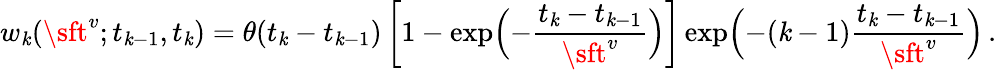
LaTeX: w_{\mathit{k}}({\sft^{v}};t_{\mathit{k}-1},t_{\mathit{k}})=\theta(t_{\mathit{k}}-t_{\mathit{k}-1})\left[1-\exp\Bigl(-\frac{{t_{\mathit{k}}-t_{\mathit{k}-1}}}{{{\sft^{v}}}}\Bigr)\right]\exp\Bigl(-(\mathit{k}-1)\frac{{t_{\mathit{k}}-t_{\mathit{k}-1}}}{{{\sft^{v}}}}\Bigr)\, .